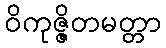
ဝိကုဇ္ဇိတမတ္တာ